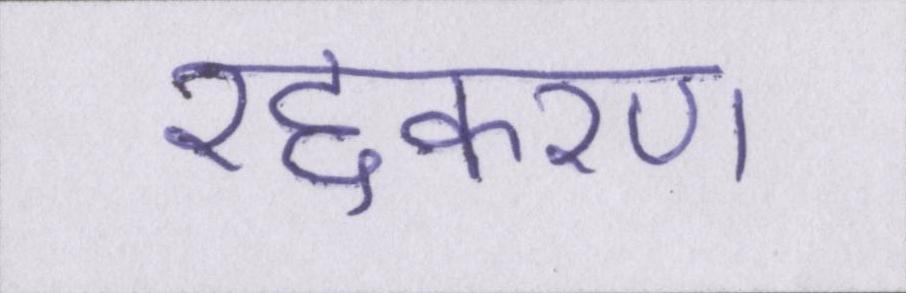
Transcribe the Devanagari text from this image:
रद्दकरण